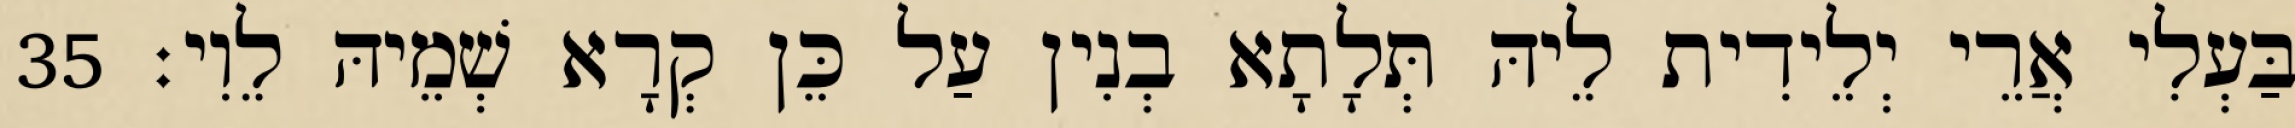
בַּעְלִי אֲרֵי יְלֵידִית לֵיהּ תְּלָתָא בְנִין עַל כֵּן קְרָא שְׁמֵיהּ לֵוִי׃ 35